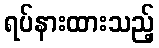
ရပ်နားထားသည့်